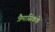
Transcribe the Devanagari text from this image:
त्रैमासिकके